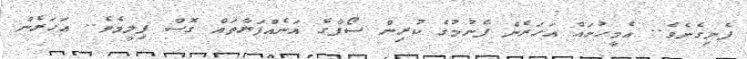
ފެނިގެނެވެ.. އެމީހުނައް އަހަރެން ފެނުމުގެ ކުރިން ސޯފާގެ އަނެއްފަރާތައް ގޮސް ފިލީމެވެ.. އަހަރެން